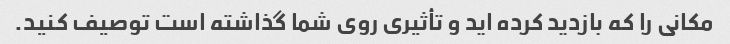
مکانی را که بازدید کرده اید و تأثیری روی شما گذاشته است توصیف کنید.